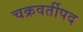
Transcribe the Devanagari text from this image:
चक्रवर्तीपद